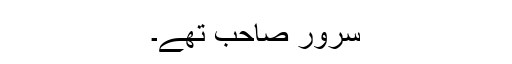
سرورؔ صاحب تھے۔